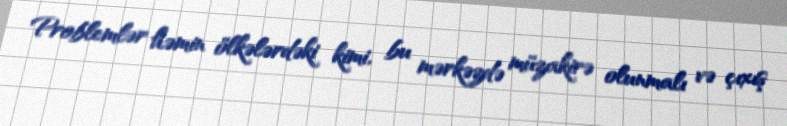
Problemlər həmin ölkələrdəki kimi, bu mərkəzdə müzakirə olunmalı və çıxış